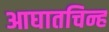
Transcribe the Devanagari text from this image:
आघातचिन्ह